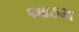
આઠમા